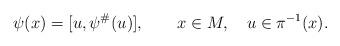
LaTeX: \begin{align*}\psi (x) = [ u, \psi^\# (u) ],\qquad x \in M, \quad u \in \pi^{-1} (x).\end{align*}